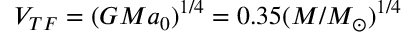
V _ { T F } = ( G M a _ { 0 } ) ^ { 1 / 4 } = 0 . 3 5 ( M / M _ { \odot } ) ^ { 1 / 4 }